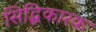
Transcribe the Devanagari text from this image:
सिद्धिकारक